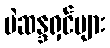
မဲဆန္ဒရှင်များ